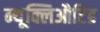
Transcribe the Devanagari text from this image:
न्यूक्लिऔटिड